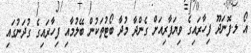
އޯ ލ.ފޮނަދޫ ފިހާރައިގެ ވިޔަފާރިއަށް ގެންދާ މުދާ ބޯޓުތަކުން ބޭލުމާއި ފިހާރައިގެ ގުދަނުގައި